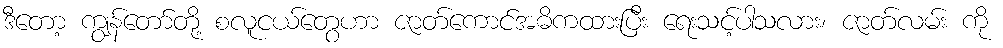
ဒီတော့ ကျွန်တော်တို့ စလူငယ်တွေဟာ ဇာတ်ကောင်အဓိကထားပြီး ရေးသင့်ပါသလား၊ ဇာတ်လမ်း ကို